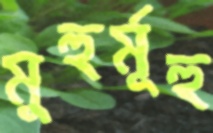
মুহুর্মূহু